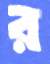
র